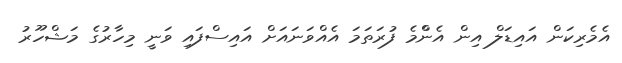
އެމެރިކަން އައިޑަލް އިން އެންްމެ ފުރަތަމަ އެއްވަނައަށް އައިސްފައި ވަނީ މިހާރުގެ މަޝްހޫރު